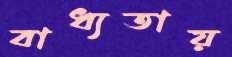
বাধ্যতায়